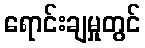
ရောင်းချမှုတွင်